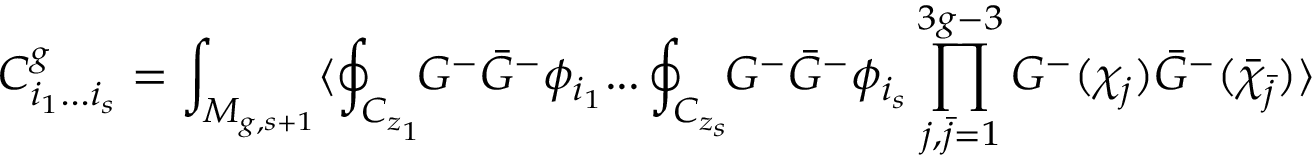
C _ { i _ { 1 } . . . i _ { s } } ^ { g } = \int _ { M _ { g , s + 1 } } \langle \oint _ { C _ { z _ { 1 } } } \! \! G ^ { - } { \bar { G } } ^ { - } \phi _ { i _ { 1 } } . . . \oint _ { C _ { z _ { s } } } \! \! G ^ { - } { \bar { G } } ^ { - } \phi _ { i _ { s } } \prod _ { j , { \bar { j } } = 1 } ^ { 3 g - 3 } G ^ { - } ( \chi _ { j } ) { \bar { G } } ^ { - } ( { \bar { \chi } } _ { \bar { j } } ) \rangle